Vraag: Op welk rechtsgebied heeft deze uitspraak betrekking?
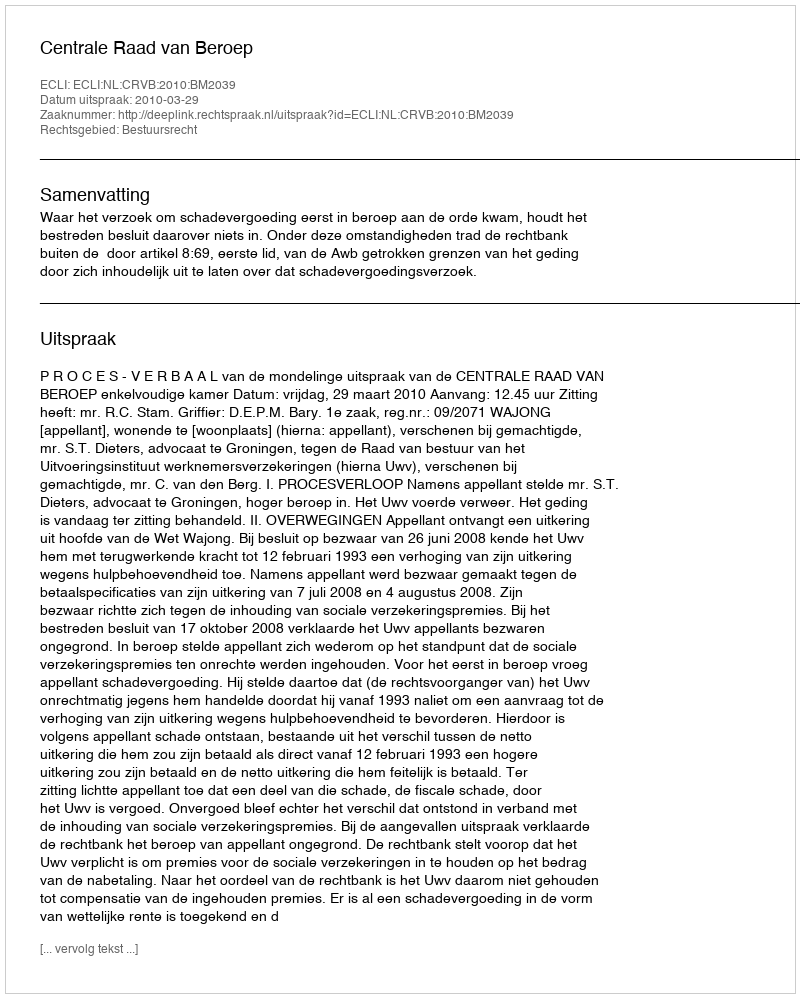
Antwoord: Bestuursrecht